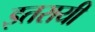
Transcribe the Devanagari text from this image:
इतरायी